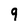
Character: g